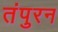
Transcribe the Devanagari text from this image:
तंपुरन